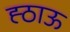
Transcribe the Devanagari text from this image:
ह्ठाऊ